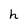
Character: h